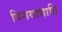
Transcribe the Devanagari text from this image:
विनयाद्याति